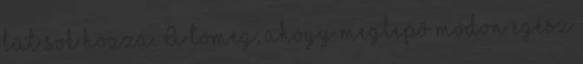
túl sok hozzá. A tömeg, ahogy meglepő módon egész